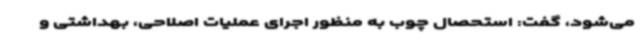
می‌شود، گفت: استحصال چوب به منظور اجرای عملیات اصلاحی، بهداشتی و